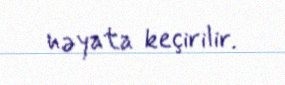
həyata keçirilir.